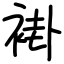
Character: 褂